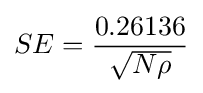
SE={\frac {0.26136}{\sqrt {N\rho }}}